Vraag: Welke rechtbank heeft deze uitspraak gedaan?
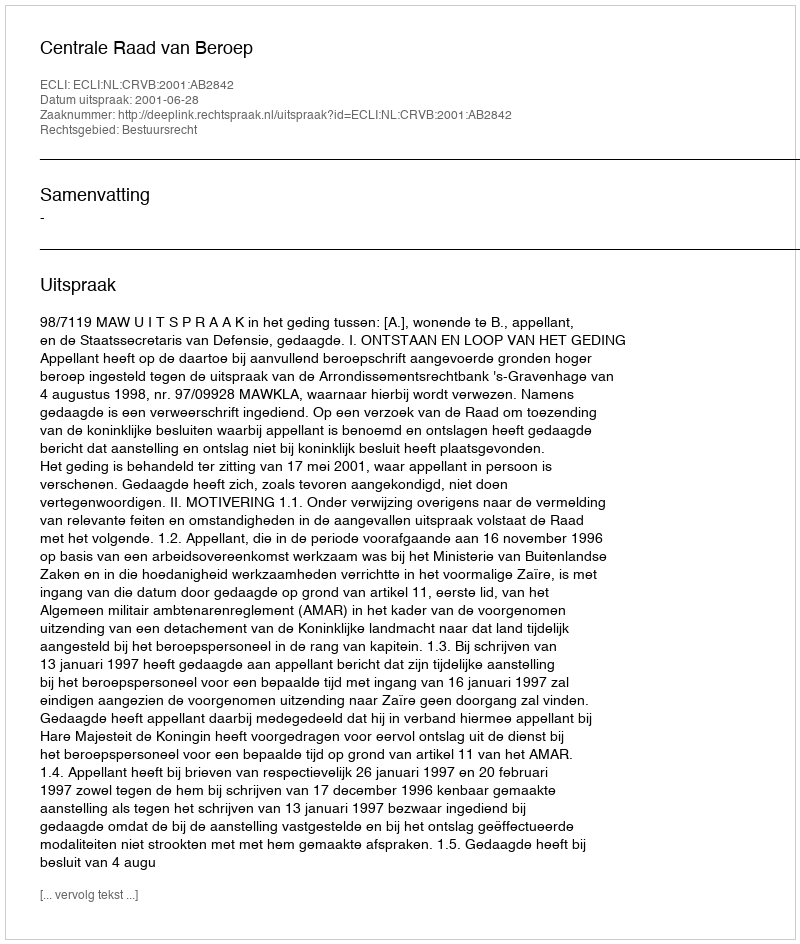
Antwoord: Centrale Raad van Beroep